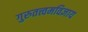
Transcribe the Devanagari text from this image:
गुरुतत्त्वमविज्ञाय